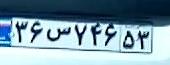
۳۶س۷۴۶۵۳